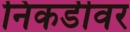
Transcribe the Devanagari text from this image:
निकडीवर